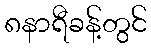
၈နာရီခန့်တွင်